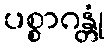
ပစ္စာဂန္တုံ